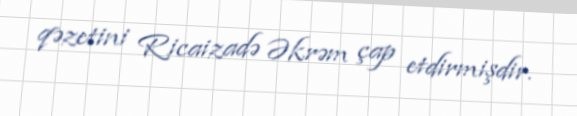
qəzetini Ricaizadə Əkrəm çap etdirmişdir.